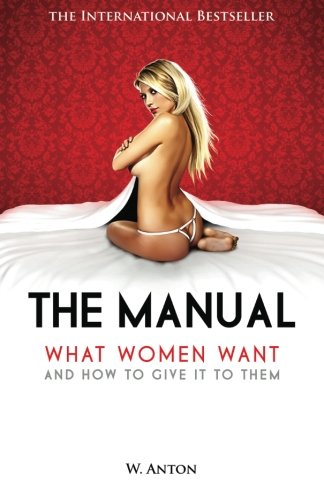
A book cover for The Manual: What Women Want and How to Give It to Them; W. Anton; Self-Help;